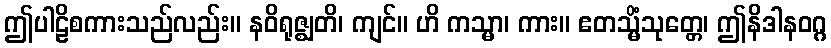
ဤပါဠိစကားသည်လည်း။ နဝိရုဇ္ဈတိ၊ ကျင်။ ဟိ ကသ္မာ၊ ကား။ ဧတသ္မိံသုတ္တေ၊ ဤနိဒါနဝဂ္ဂ